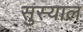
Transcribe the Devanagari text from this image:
सुस्याल